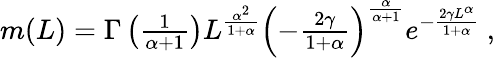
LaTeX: \begin{array}{r}{m(L)=\Gamma\left(\frac{1}{\alpha+1}\right)L^{\frac{\alpha^{2}}{1+\alpha}}\left(-\frac{2\gamma}{1+\alpha}\right)^{\frac{\alpha}{\alpha+1}}e^{-\frac{2\gamma L^{\alpha}}{1+\alpha}}\ ,}\end{array}